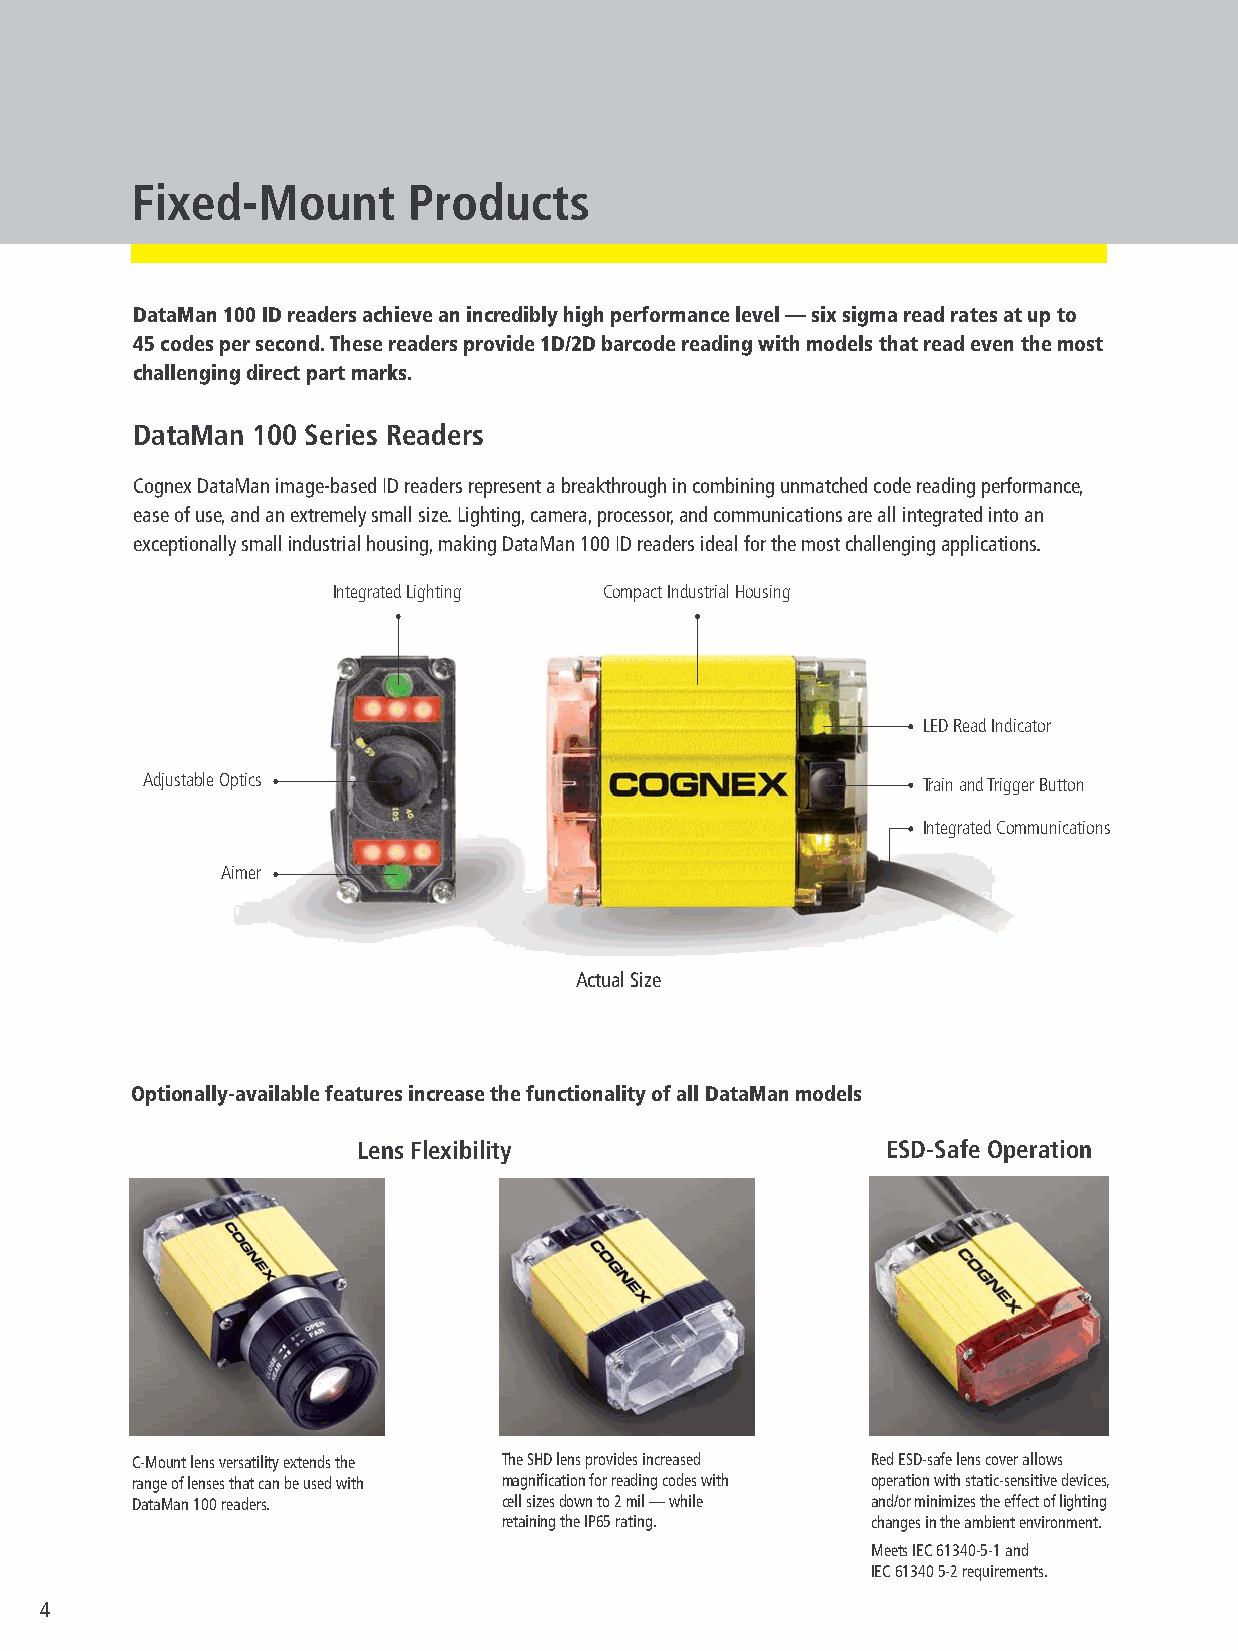
Fixed-Mount       Products
 DataMan 100 ID readers achieve an incredibly high performance level — six sigma read rates at up to
 45 codes per second. These readers provide 1D/2D barcode reading with models that read even the most
 challenging direct part marks.
 DataMan 100 Series Readers
 Cognex DataMan image-based ID readers represent a breakthrough in combining unmatched code reading performance,
 ease of use, and an extremely small size. Lighting, camera, processor, and communications are all integrated into an
 exceptionally small industrial housing, making DataMan 100 ID readers ideal for the most challenging applications.
 Integrated Lighting Compact Industrial Housing
 LED Read Indicator
 Adjustable Optics                                   Train and Trigger Button
 Integrated Communications
 Aimer
 Actual Size
 Optionally-available features increase the functionality of all DataMan models
 Lens Flexibility                   ESD-Safe Operation
 C-Mount lens versatility extends the The SHD lens provides increased Red ESD-safe lens cover allows
 range of lenses that can be used with magnification for reading codes with operation with static-sensitive devices,
 DataMan 100 readers.    cell sizes down to 2 mil — while and/or minimizes the effect of lighting
 retaining the IP65 rating. changes in the ambient environment.
 Meets IEC 61340-5-1 and
 IEC 61340 5-2 requirements.
 4